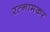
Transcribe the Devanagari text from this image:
रत्नामकर